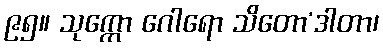
၉၅။ သုက္ကော ဂေါရော သိတော’ဒါတာ၊